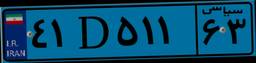
۹۶D۳۱۳۶۵